Report of an investigation in regard to the prevalence of stegomyia and other mosquitoes in Karachi, and the measures necessary for their control
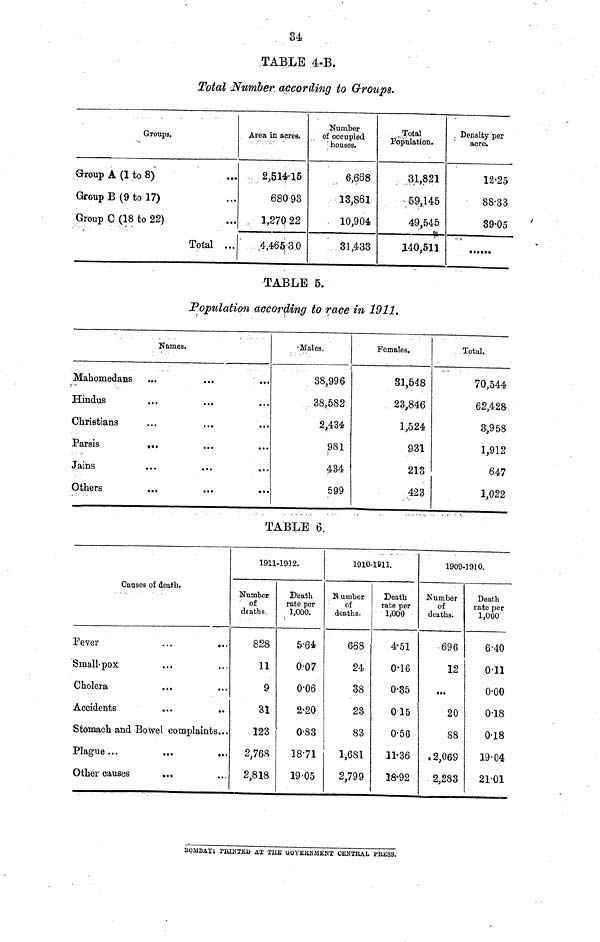
34
TABLE 4-B.
Total Number according to Groups.
Groups.
Group A (1 to 8)
Group B (9 to 17)
Group C (18 to 22)
Total ...
Aveu in acres.
2,514·15
680 93
1,270 22
4,465·3.0
Number
of occupied
houses.
6,688
13,861
10,904
31,433
...Total
Population.
31,821
59,145
49,545
140,511
Density per
acre.
12·25
88·33
39·05
TABLE 5.
Population according to race in 1911.
Names.
Mahomedans ...
...
...
Hindus
Christians
Parais
...
Jains
Others
...
...
..
Males.
38,996
38,582
2,434
981
434
599
Females.
31,548
23,846
1,524
931
213
423
Total.
70,544
62,428
3,958
1,912
647
1,022
TABLE 6.
Causes of death.
Fever
Small-pox
Choiera
Accidents
...
..
Stomach and Bowel complaints...
Plague...
Other causes
1911-1932.
Number
of
deaths.
828
11
9
31
123
2,768
2,818
Death
rate per
1,000.
5·64
007
0·06
2·20
0·83
18·71
19·05
1910·1911.
1909-1910.
Number
of
deaths.
668
24
38
23
83
1,681
2,799
Death
rate per
1,000
4·51
0·16
0·35
015
0·56
11·36
18·92
Number
of
deaths.
696
12
20
88
2,069
2,283
Death
rate per
1,000
6·40
011
0·00
0·18
0·18
19·04
2101